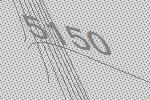
5150